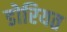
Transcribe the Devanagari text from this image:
डोरियत